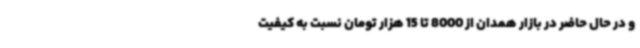
و در حال حاضر در بازار همدان از 8000 تا 15 هزار تومان نسبت به کیفیت